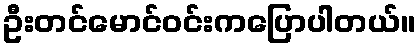
ဦးတင်မောင်ဝင်းကပြောပါတယ်။